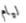
ليام